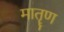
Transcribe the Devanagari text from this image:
मातॄण